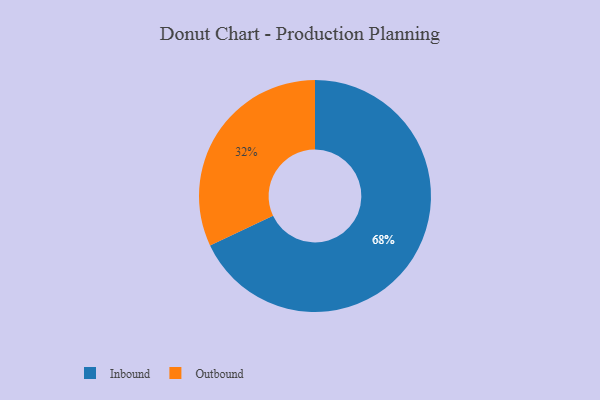
{"axis": {"x": "Category", "y": "Percentage"}, "legend": ["Inbound", "Outbound"], "data": [{"x": "Inbound", "y": 68, "type": "Inbound"}, {"x": "Outbound", "y": 32, "type": "Outbound"}]}